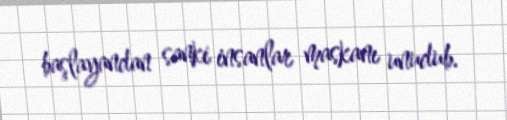
başlayandan sanki insanlar maskanı unudub.